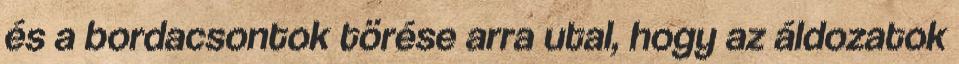
és a bordacsontok törése arra utal, hogy az áldozatok